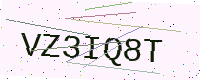
Text: VZ3IQ8T